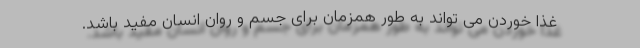
غذا خوردن می تواند به طور همزمان برای جسم و روان انسان مفید باشد.